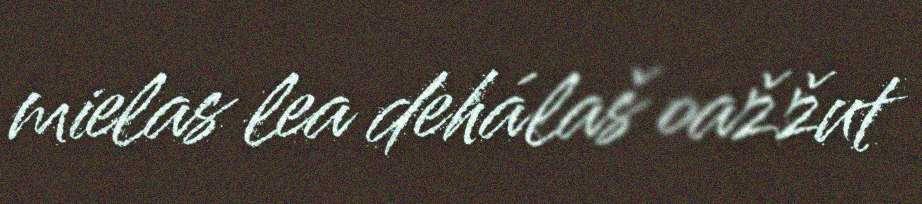
mielas lea dehálaš oažžut